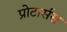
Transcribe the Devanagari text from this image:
प्रोटार्सस